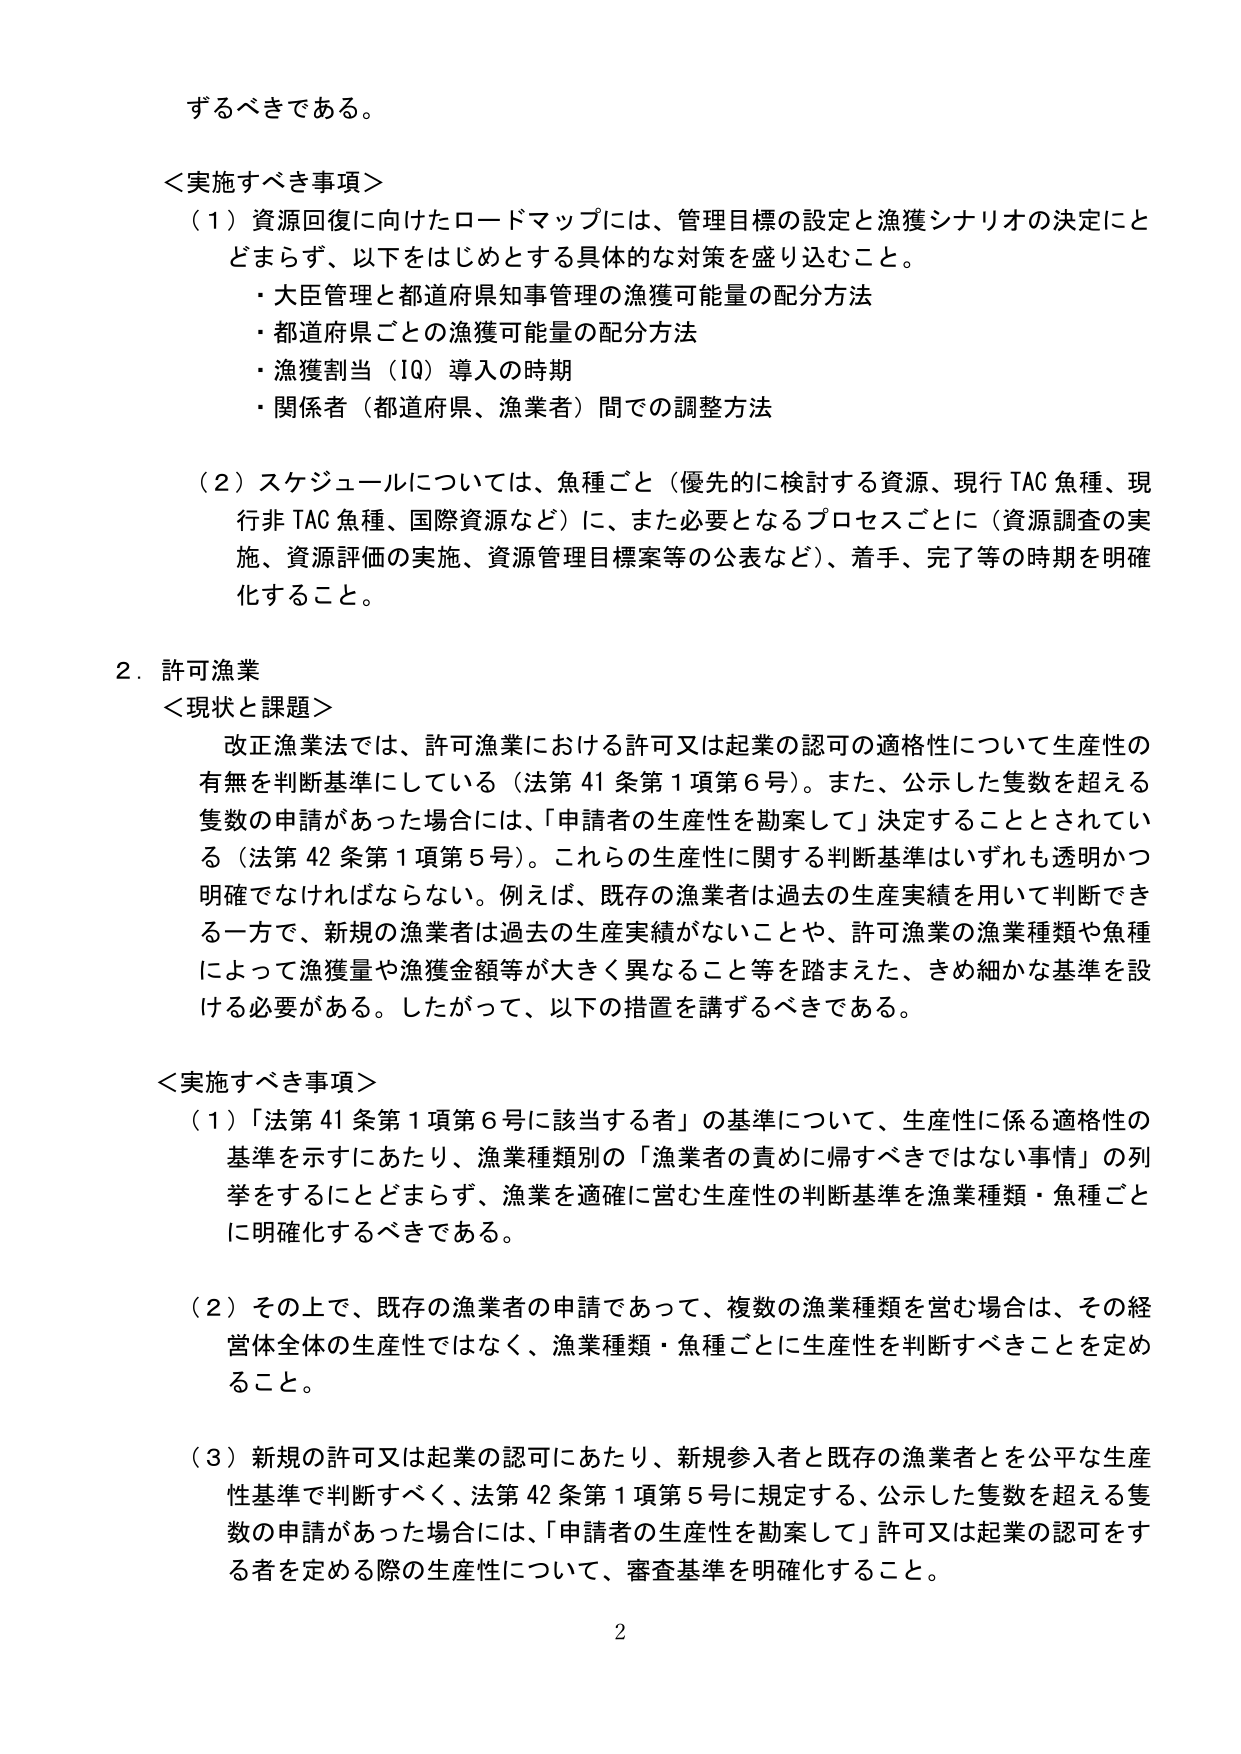
するべきである。

＜実施すべき事項＞
（１）資源回復に向けたロードマップには、管理目標の設定と漁獲シナリオの決定にとどまらず、以下をはじめとする具体的な対策を盛り込むこと。
・大臣管理と都道府県知事管理の漁獲可能量の配分方法
・都道府県ごとの漁獲可能量の配分方法
・漁獲割当（IQ）導入の時期
・関係者（都道府県、漁業者）間での調整方法

（２）スケジュールについては、魚種ごと（優先的に検討する資源、現行TAC魚種、現行非TAC魚種、国際資源など）に、また必要となるプロセスごとに（資源調査の実施、資源評価の実施、資源管理目標案等の公表など）、着手、完了等の時期を明確化すること。

２．許可漁業
＜現状と課題＞
改正漁業法では、許可漁業における許可又は起業の認可の適格性について生産性の有無を判断基準にしている（法第41条第1項第6号）。また、公示した隻数を超える隻数の申請があった場合には、「申請者の生産性を勘案して」決定することとされている（法第42条第1項第5号）。これらの生産性に関する判断基準はいずれも透明かつ明確でなければならない。例えば、既存の漁業者は過去の生産実績を用いて判断できる一方で、新規の漁業者は過去の生産実績がないことや、許可漁業の漁業種類や魚種によって漁獲量や漁獲金額等が大きく異なること等を踏まえた、きめ細かな基準を設ける必要がある。したがって、以下の措置を講ずるべきである。

＜実施すべき事項＞
（１）「法第41条第1項第6号に該当する者」の基準について、生産性に係る適格性の基準を示すにあたり、漁業種類別の「漁業者の責めに帰すべきではない事情」の列挙をするにとどまらず、漁業を適確に営む生産性の判断基準を漁業種類・魚種ごとに明確化するべきである。

（２）その上で、既存の漁業者の申請であって、複数の漁業種類を営む場合は、その経営体全体の生産性ではなく、漁業種類・魚種ごとに生産性を判断すべきことを定めること。

（３）新規の許可又は起業の認可にあたり、新規参入者と既存の漁業者とを公平な生産性基準で判断すべく、法第42条第1項第5号に規定する、公示した隻数を超える隻数の申請があった場合には、「申請者の生産性を勘案して」許可又は起業の認可をする者を定める際の生産性について、審査基準を明確化すること。

2